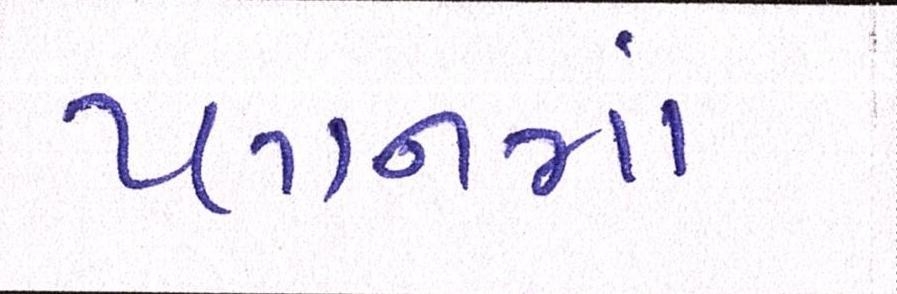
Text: પ્લાનમાં